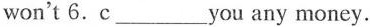
won't 6. c___you any money.